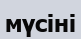
мүсіні